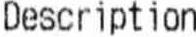
DESCRIPTION